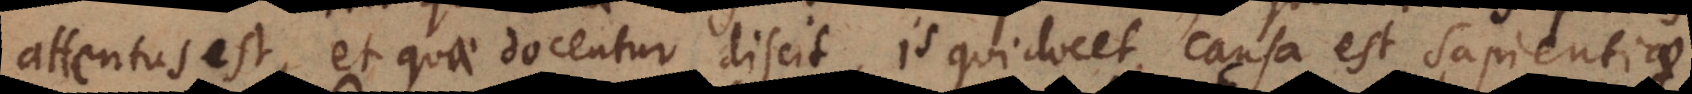
attentus est, et quae docentur discit is qui docet causa est sapientiae